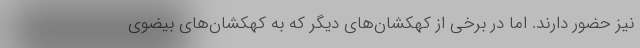
نیز حضور دارند. اما در برخی از کهکشان‌های دیگر که به کهکشان‌های بیضوی